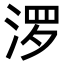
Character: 𪶒